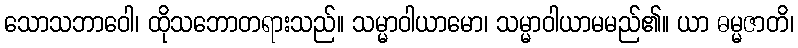
သောသဘာဝေါ၊ ထိုသဘောတရားသည်။ သမ္မာဝါယာမော၊ သမ္မာဝါယာမမည်၏။ ယာ ဓမ္မဇာတိ၊